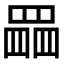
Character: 𦋹